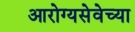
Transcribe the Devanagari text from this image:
आरोग्यसेवेच्या